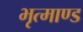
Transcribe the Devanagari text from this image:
भृत्माण्ड